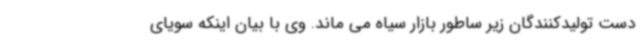
دست تولیدکنندگان زیر ساطور بازار سیاه می ماند. وی با بیان اینکه سویای